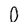
Character: O